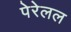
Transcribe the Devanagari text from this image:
पेरेलल